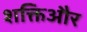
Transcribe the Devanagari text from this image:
शक्तिऔर